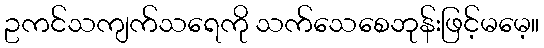
ဥကင်သကျက်သရေကို သက်သေစေဘုန်းဖြင့်မမေ့။